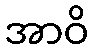
အာဝိ